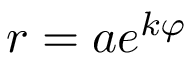
\; r = a e ^ { k \varphi }